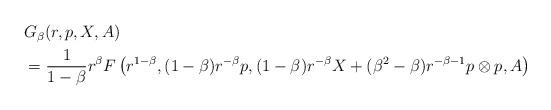
LaTeX: \begin{align*}\begin{aligned}&G_\beta(r, p, X, A)\\&={1\over 1-\beta} r^\beta F\left(r^{1-\beta}, (1-\beta) r^{-\beta}p, (1-\beta) r^{-\beta} X+(\beta^2-\beta)r^{-\beta-1} p\otimes p, A\right) \end{aligned}\end{align*}